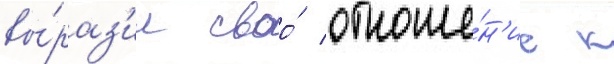
вы́раз'ил своо́ отноше́н'ие к